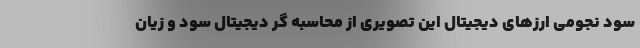
سود نجومی ارزهای دیجیتال این تصویری از محاسبه گر دیجیتال سود و زیان